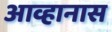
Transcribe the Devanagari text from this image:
आव्हानास